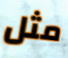
مثل